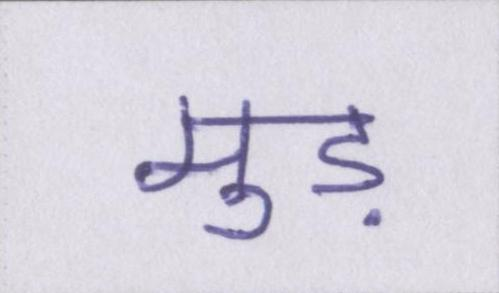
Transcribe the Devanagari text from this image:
मुड़